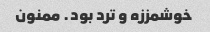
خوشمززه و ترد بود. ممنون